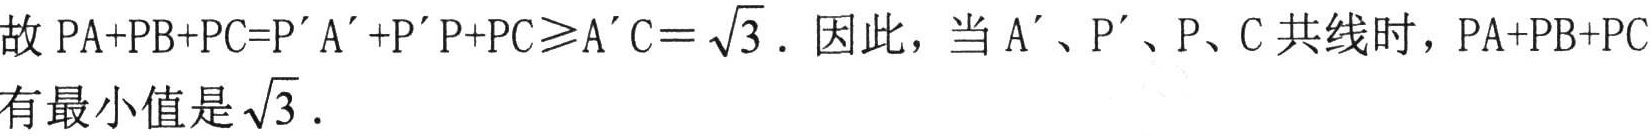
故 \(PA + PB + PC = P'A'+P'P + PC\geqslant A'C=\sqrt{3}\). 因此，当 \(A'\)、\(P'\)、\(P\)、\(C\) 共线时，\(PA + PB + PC\)
有最小值是\(\sqrt{3}\).